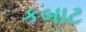
કબાટ